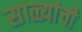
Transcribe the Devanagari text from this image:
साळ्यांची